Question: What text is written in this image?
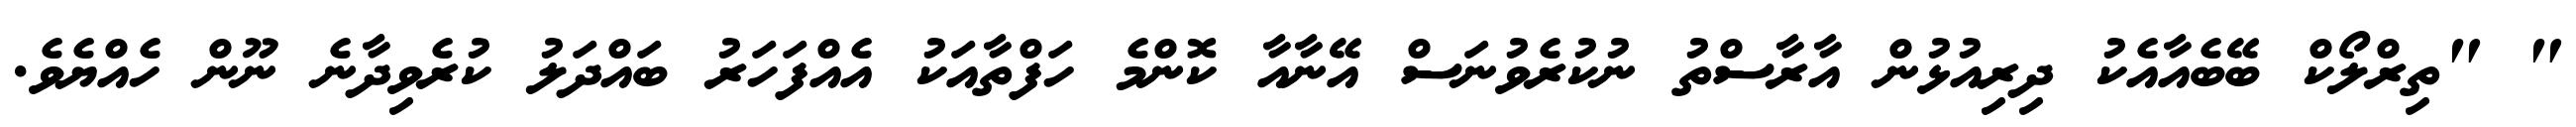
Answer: " "ތިރްލޯކް ބޭބެއާއެކު ދިރިއުޅުން އާރާސްތު ނުކުރެވުނަސް އޭނާއާ ކޮންމެ ހަފްތާއަކު އެއްފަހަރު ބައްދަލު ކުރެވިދާނެ ނޫން ހެއްޔެވެ.